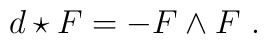
d\star F = - F\wedge F\ .